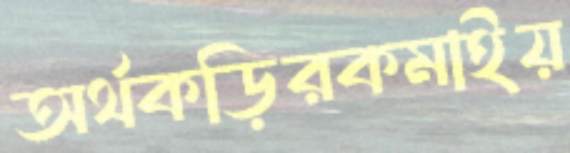
অর্থকড়িরকমাইয়